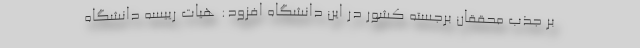
بر جذب محققان برجسته کشور در این دانشگاه افزود: هیات رییسه دانشگاه